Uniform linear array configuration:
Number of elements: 32
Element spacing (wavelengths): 0.25
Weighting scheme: hann
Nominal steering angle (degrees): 0
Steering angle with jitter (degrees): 1.35
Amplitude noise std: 0.05
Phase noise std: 0.05

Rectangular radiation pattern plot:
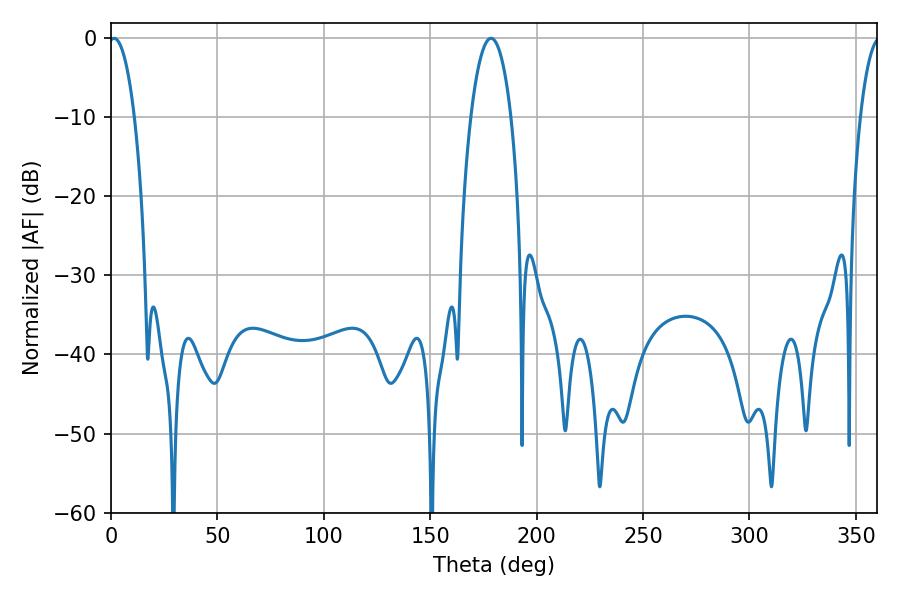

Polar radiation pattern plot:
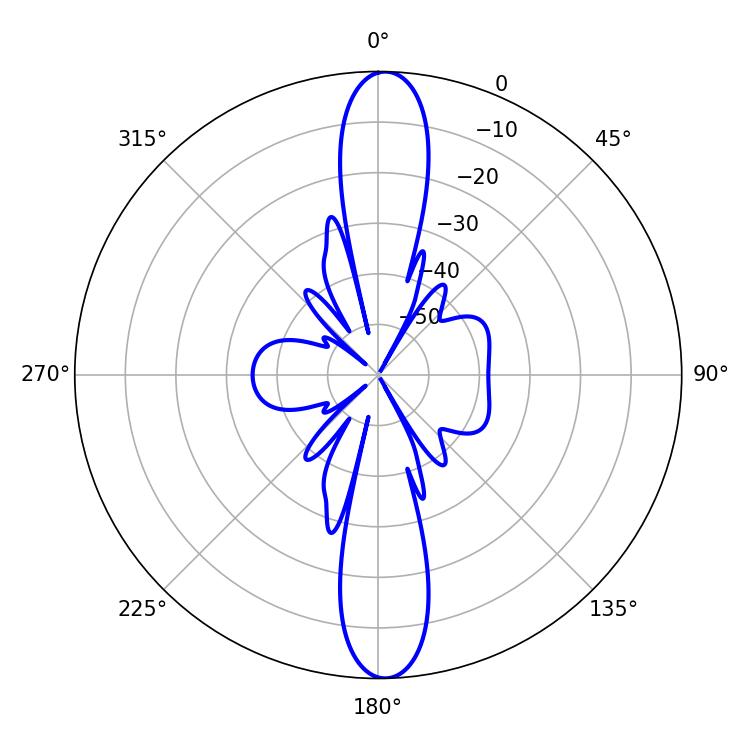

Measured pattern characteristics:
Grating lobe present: FALSE
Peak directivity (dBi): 22.955
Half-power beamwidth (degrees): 6.84
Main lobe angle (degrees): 1.44